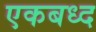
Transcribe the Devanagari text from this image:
एकबध्द